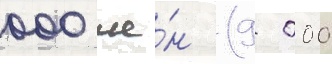
000 ие́н (9 000